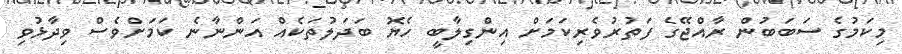
މިކަމުގެ ސަބަބުން ރާއްޖޭގެ ފަތުރުވެރިކަމަށް އިންގިލާބީ ހެޔޮ ބަދަލުތަކެއް އަންނާނެ ކަމަަށްވެސް ވިދާޅުވި